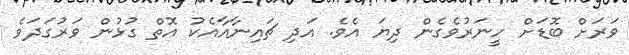
ވަރަށް ބޮޑަށް ހީނަރުވެގެން ދިޔަ އެވެ. އަދި ޗައިނާއާއެކު އޮތް ގުޅުން ވަރުގަދަވެ